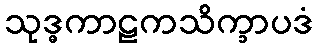
သုဒ္ဓကာဠကသိက္ခာပဒံ